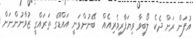
އުފަން ރަށް ދެކެ ލޯބިވާ ވިޔަފާރިވެރިއެއް  ބޭނުންވަނީ އައްޑޫގެ ތަރައްގީ ޒުވާނުންނަށް